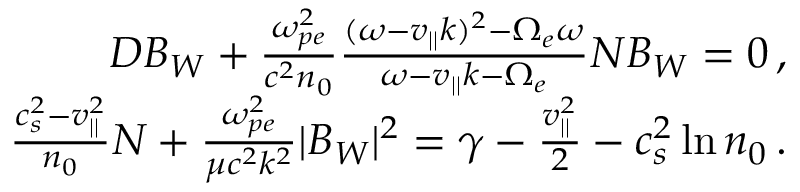
\begin{array} { r } { D B _ { W } + \frac { \omega _ { p e } ^ { 2 } } { c ^ { 2 } n _ { 0 } } \frac { ( \omega - v _ { | | } k ) ^ { 2 } - \Omega _ { e } \omega } { \omega - v _ { | | } k - \Omega _ { e } } N B _ { W } = 0 \, , } \\ { \frac { c _ { s } ^ { 2 } - v _ { | | } ^ { 2 } } { n _ { 0 } } N + \frac { \omega _ { p e } ^ { 2 } } { \mu c ^ { 2 } k ^ { 2 } } | B _ { W } | ^ { 2 } = \gamma - \frac { v _ { | | } ^ { 2 } } { 2 } - c _ { s } ^ { 2 } \ln n _ { 0 } \, . } \end{array}